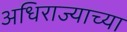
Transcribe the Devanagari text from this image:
अधिराज्याच्या